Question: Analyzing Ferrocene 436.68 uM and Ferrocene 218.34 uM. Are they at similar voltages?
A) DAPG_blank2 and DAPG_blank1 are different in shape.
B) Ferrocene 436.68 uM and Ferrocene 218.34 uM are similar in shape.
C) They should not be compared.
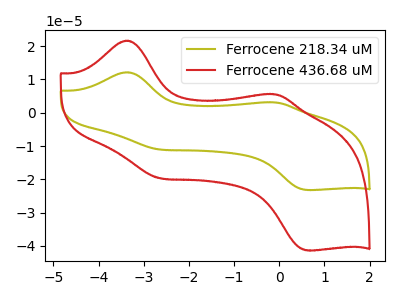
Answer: <think>The olive curve "Ferrocene 218.34 uM" has anodic peaks at (-3.40V, 12.15uA) (-0.10V, 3.10uA) and cathodic peaks at (-2.65V, -11.00uA) (0.65V, -23.20uA). The red curve "Ferrocene 436.68 uM" has anodic peaks at (-3.40V, 21.65uA) (-0.10V, 5.55uA) and cathodic peaks at (-2.65V, -19.65uA) (0.65V, -41.35uA).
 All the peaks in "Ferrocene 436.68 uM" have a peak in "Ferrocene 218.34 uM" at the same potential. Every peak in "Ferrocene 436.68 uM" is higher than every peak in "Ferrocene 218.34 uM".</think>
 <answer>B) "Ferrocene 436.68 uM" and "Ferrocene 218.34 uM" are similar in shape.</answer>
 <eval>B</eval>